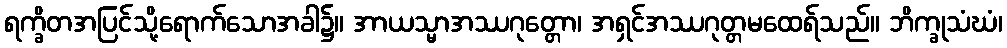
ရက္ခိတအပြင်သို့ရောက်သောအခါ၌။ အာယသ္မာအဿဂုတ္တော၊ အရှင်အဿဂုတ္တမထေရ်သည်။ ဘိက္ခုသံဃံ၊